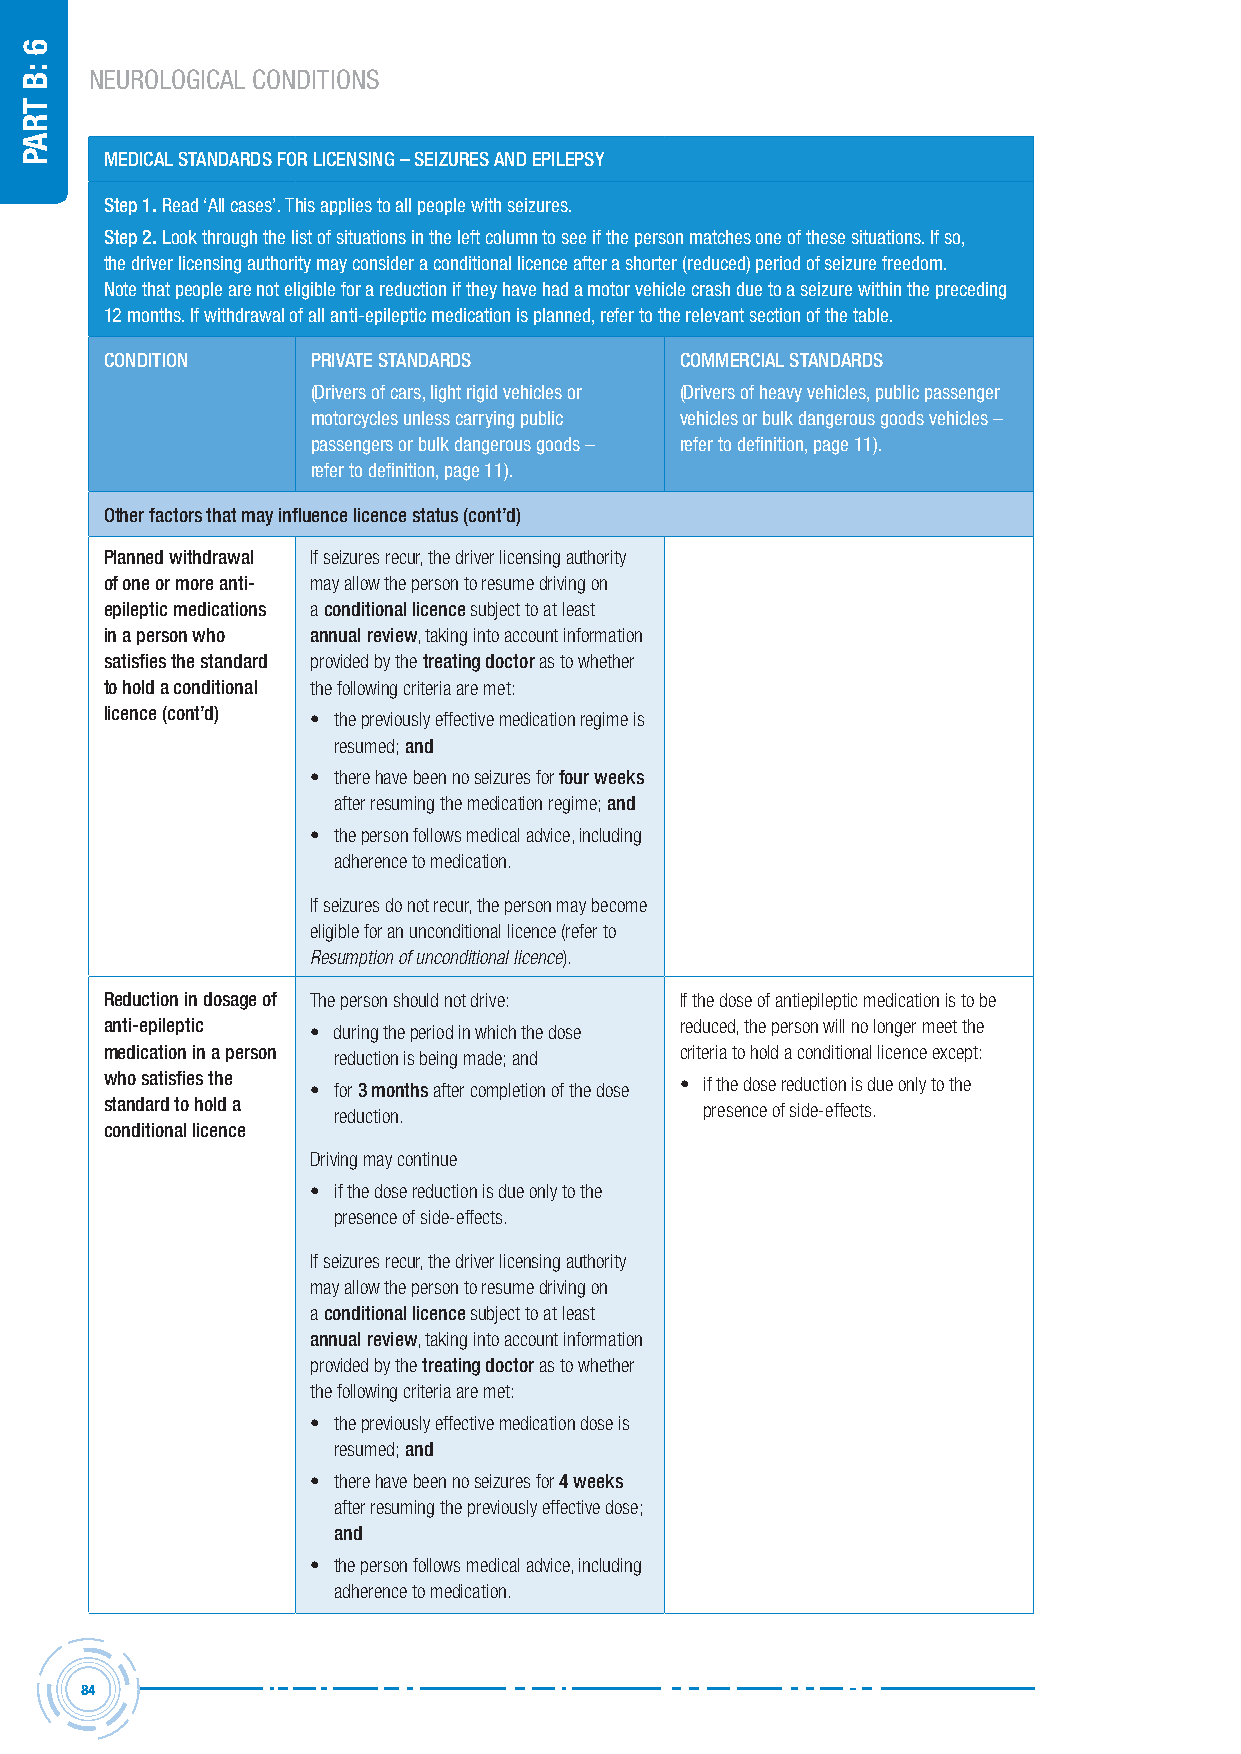
NEUROLOGICAL CONDITIONS
 MeDicAL stAnDArDs For Licensing – seiZUres AnD ePiLePsY
 step 1. read ‘all cases’. this applies to all people with seizures.
 step 2. look through the list of situations in the left column to see if the person matches one of these situations. If so,
 the driver licensing authority may consider a conditional licence after a shorter (reduced) period of seizure freedom.
 note that people are not eligible for a reduction if they have had a motor vehicle crash due to a seizure within the preceding
 12 months. If withdrawal of all anti-epileptic medication is planned, refer to the relevant section of the table.
 conDition     PrivAte stAnDArDs       coMMerciAL stAnDArDs
 (Drivers of cars, light rigid vehicles or (Drivers of heavy vehicles, public passenger
 motorcycles unless carrying public vehicles or bulk dangerous goods vehicles –
 passengers or bulk dangerous goods – refer to definition, page 11).
 refer to definition, page 11).
 other factors that may influence licence status (cont’d)
 Planned withdrawal If seizures recur, the driver licensing authority
 of one or more anti- may allow the person to resume driving on
 epileptic medications a conditional licence subject to at least
 in a person who annual review, taking into account information
 satisfies the standard provided by the treating doctor as to whether
 to hold a conditional the following criteria are met:
 licence (cont’d) • the previously effective medication regime is
 resumed; and
 • there have been no seizures for four weeks
 after resuming the medication regime; and
 • the person follows medical advice, including
 adherence to medication.
 If seizures do not recur, the person may become
 eligible for an unconditional licence (refer to
 Resumption of unconditional licence).
 reduction in dosage of The person should not drive: If the dose of antiepileptic medication is to be
 anti-epileptic • during the period in which the dose reduced, the person will no longer meet the
 medication in a person reduction is being made; and criteria to hold a conditional licence except:
 who satisfies the • for 3 months after completion of the dose • if the dose reduction is due only to the
 standard to hold a reduction.           presence of side-effects.
 conditional licence
 Driving may continue
 • if the dose reduction is due only to the
 presence of side-effects.
 If seizures recur, the driver licensing authority
 may allow the person to resume driving on
 a conditional licence subject to at least
 annual review, taking into account information
 provided by the treating doctor as to whether
 the following criteria are met:
 • the previously effective medication dose is
 resumed; and
 • there have been no seizures for 4 weeks
 after resuming the previously effective dose;
 and
 • the person follows medical advice, including
 adherence to medication.
 84
 6
 :B
 traP